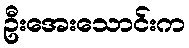
ဦးအေးသောင်းက